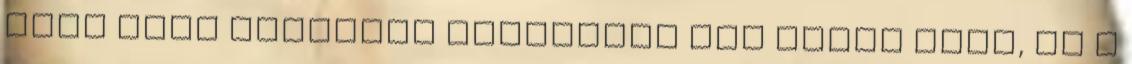
hogy mely sütijeit dolgozzuk fel Ehhez elég, ha a